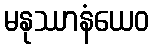
မနုဿာနံယေဝ